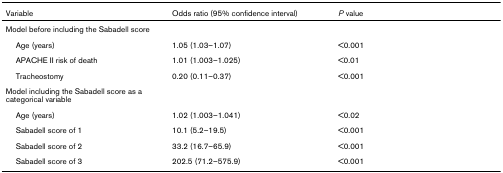
<table><thead><tr><td><b>Variable</b></td><td><b>Odds ratio (95% confidence interval)</b></td><td><b><i>P </i>value</b></td></tr></thead><tbody><tr><td>Model before including the Sabadell score</td><td></td><td></td></tr><tr><td> Age (years)</td><td>1.05 (1.03–1.07)</td><td>&lt;0.001</td></tr><tr><td> APACHE II risk of death</td><td>1.01 (1.003–1.025)</td><td>&lt;0.01</td></tr><tr><td> Tracheostomy</td><td>0.20 (0.11–0.37)</td><td>&lt;0.001</td></tr><tr><td>Model including the Sabadell score as a categorical variable</td><td></td><td></td></tr><tr><td> Age (years)</td><td>1.02 (1.003–1.041)</td><td>&lt;0.02</td></tr><tr><td> Sabadell score of 1</td><td>10.1 (5.2–19.5)</td><td>&lt;0.001</td></tr><tr><td> Sabadell score of 2</td><td>33.2 (16.7–65.9)</td><td>&lt;0.001</td></tr><tr><td> Sabadell score of 3</td><td>202.5 (71.2–575.9)</td><td>&lt;0.001</td></tr></tbody></table>